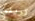
تريني